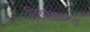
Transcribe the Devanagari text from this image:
रिवाइज़्ड